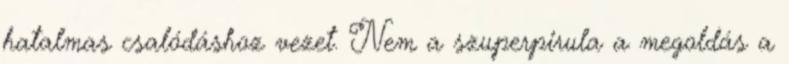
hatalmas csalódáshoz vezet. Nem a szuperpirula a megoldás a